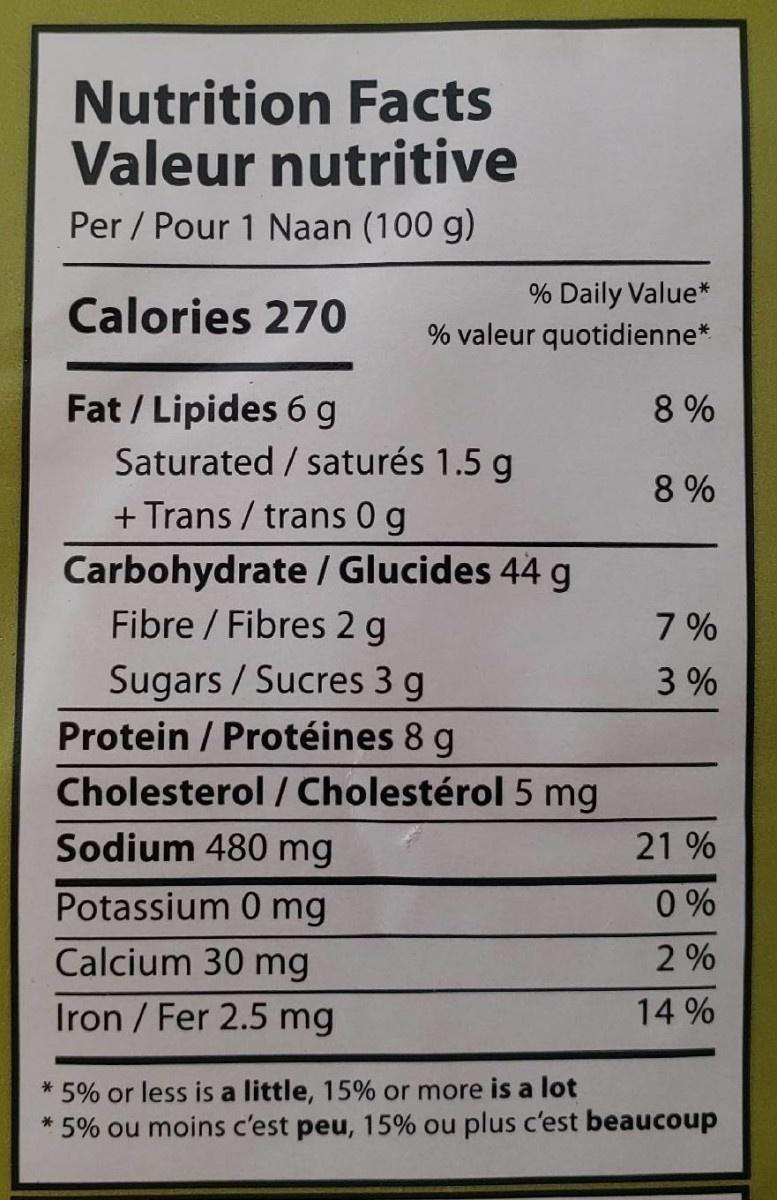
Nutrition Facts Valeur nutritive
Per / Pour 1 Naan (100 g)
Calories 270
Fat/Lipides 6 g
% Daily Value* % valeur quotidienne*
Saturated/saturés 1.5 g
+ Trans / trans 0 g
Carbohydrate / Glucides 44 g
Fibre / Fibres 2 g
Sugars / Sucres 3 g
Protein / Protéines 8 g
Cholesterol / Cholestérol 5 mg
Sodium 480 mg
Potassium 0 mg
Calcium 30 mg
Iron / Fer 2.5 mg
8%
8%
7%
3%
21%
0%
2%
14%
* 5% or less is a little, 15% or more is a lot
* 5% ou moins c'est peu, 15% ou plus c'est beaucoup